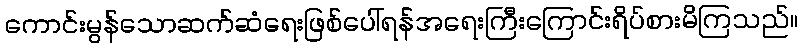
ကောင်းမွန်သောဆက်ဆံရေးဖြစ်ပေါ်ရန်အရေးကြီးကြောင်းရိပ်စားမိကြသည်။